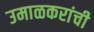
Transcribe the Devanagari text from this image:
उमाळकरांची